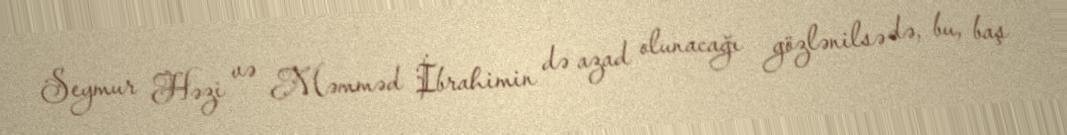
Seymur Həzi və Məmməd İbrahimin də azad olunacağı gözlənilsə də, bu, baş